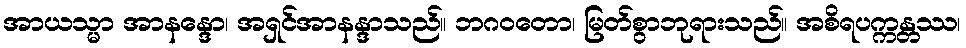
အာယသ္မာ အာနန္ဒော၊ အရှင်အာနန္ဒာသည်။ ဘဂဝတော၊ မြတ်စွာဘုရားသည်။ အစိရပက္ကန္တဿ၊